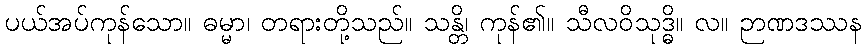
ပယ်အပ်ကုန်သော။ ဓမ္မာ၊ တရားတို့သည်။ သန္တိ၊ ကုန်၏။ သီလဝိသုဒ္ဓိ။ လ။ ဉာဏဒဿန